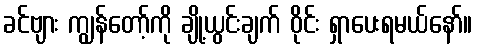
ခင်ဗျား ကျွန်တော့်ကို ချို့ယွင်းချက် ဝိုင်း ရှာပေးရမယ်နော်။